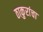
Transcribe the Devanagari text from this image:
ठाकुरांचा